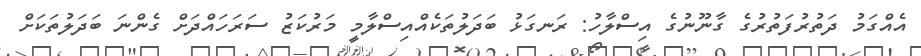
އެއްގަމު ދަތުރުފަތުރުގެ ގާނޫނުގެ އިސްލާހު: ރަނގަޅު ބަދަލުތަކެއްއިސްލާމީ މަރުކަޒު ސަރަހައްދަށް ގެންނަ ބަދަލުތަކަށް